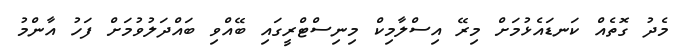
މެދު ގޮތެއް ކަނޑައެޅުމަށް މިރޭ އިސްލާމިކް މިނިސްޓްރީގައި ބޭއްވި ބައްދަލުވުމަށް ފަހު އާންމު